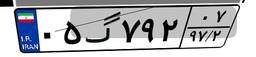
۰۵گ۷۹۲۰۷